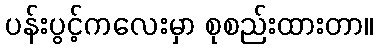
ပန်းပွင့်ကလေးမှာ စုစည်းထားတာ။